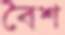
বৈশ